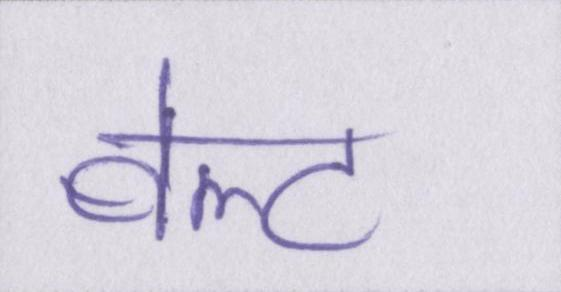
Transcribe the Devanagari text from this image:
बेल्ट